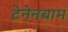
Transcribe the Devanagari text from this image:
टेनेनबाम